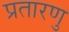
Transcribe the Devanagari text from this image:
प्रतारणु